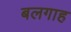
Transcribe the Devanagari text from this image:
बलगाह